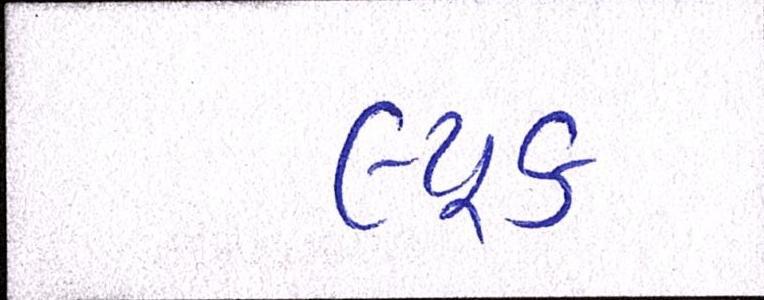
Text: લ્યૂક